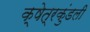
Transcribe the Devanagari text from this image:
क्षेत्रकुंडली